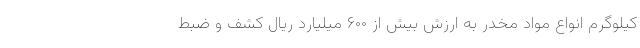
کیلوگرم انواع مواد مخدر به ارزش بیش از ۶۰۰ میلیارد ریال کشف و ضبط